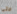
حتى